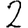
Digit: 2